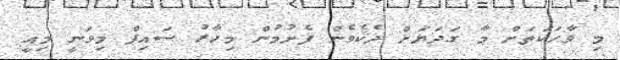
މި ވާހަކަތަށް މާ ގަދަޔަށް ދެކެވެން ފެށުމުން މިހާރު ސައިފް މިވަނީ މިއީ